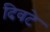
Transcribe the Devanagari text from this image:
दिवटे